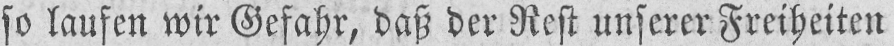
so laufen wir Gefahr, daß der Rest unserer Freiheiten